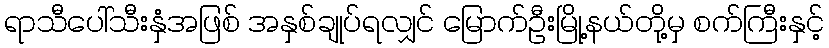
ရာသီပေါ်သီးနှံအဖြစ် အနှစ်ချုပ်ရလျှင် မြောက်ဦးမြို့နယ်တို့မှ စက်ကြီးနှင့်